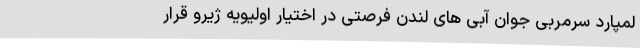
لمپارد سرمربی جوان آبی های لندن فرصتی در اختیار اولیویه ژیرو قرار